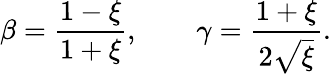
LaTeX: \beta={\frac{1-\xi}{1+\xi}},\qquad\gamma={\frac{1+\xi}{2\sqrt{\xi}}}.